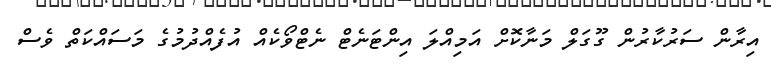
އިރާން ސަރުކާރުން ގޫގަލް މަނާކޮށް އަމިއްލަ އިންޓަނެޓް ނެޓްވޯކެއް އުފެެއްދުމުގެ މަސައްކަތް ވެސް